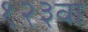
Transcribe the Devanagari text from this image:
१२३वा